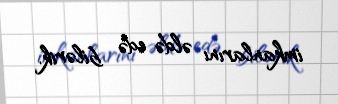
imkanlarını əldə edə bilərik.